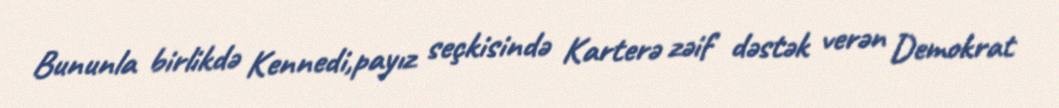
Bununla birlikdə Kennedi,payız seçkisində Karterə zəif dəstək verən Demokrat